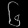
Digit: ၆